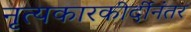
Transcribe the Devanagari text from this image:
नृत्यकारकीर्दीनंतर